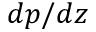
d p / d z